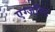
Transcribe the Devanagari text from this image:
एग्ज़ॉस्ट